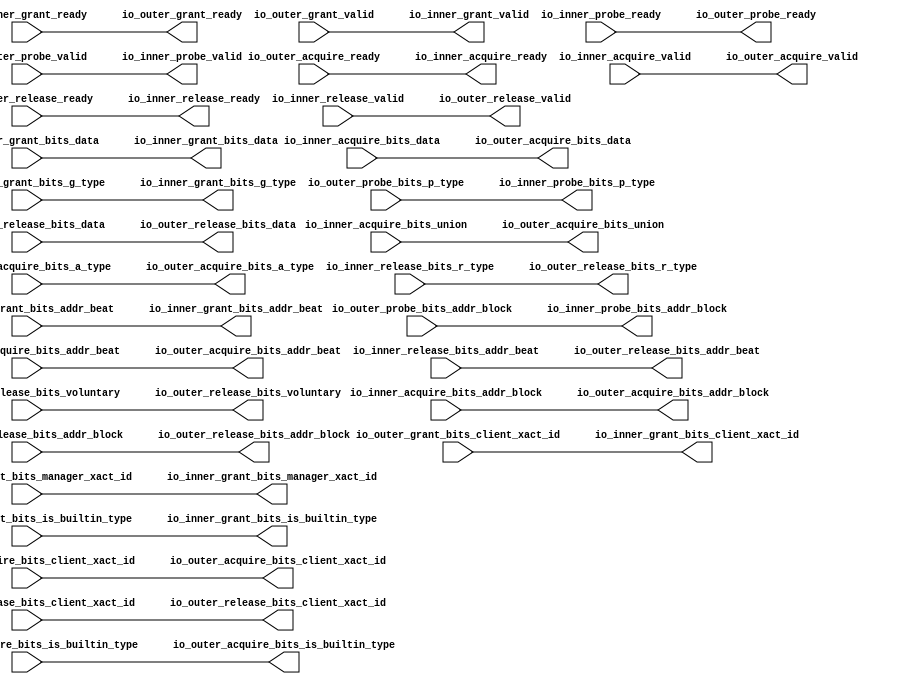
// This program was cloned from: https://github.com/NYU-MLDA/OpenABC
// License: BSD 3-Clause "New" or "Revised" License

module ClientTileLinkEnqueuer
(
  io_inner_acquire_ready,
  io_inner_acquire_valid,
  io_inner_acquire_bits_addr_block,
  io_inner_acquire_bits_client_xact_id,
  io_inner_acquire_bits_addr_beat,
  io_inner_acquire_bits_is_builtin_type,
  io_inner_acquire_bits_a_type,
  io_inner_acquire_bits_union,
  io_inner_acquire_bits_data,
  io_inner_grant_ready,
  io_inner_grant_valid,
  io_inner_grant_bits_addr_beat,
  io_inner_grant_bits_client_xact_id,
  io_inner_grant_bits_manager_xact_id,
  io_inner_grant_bits_is_builtin_type,
  io_inner_grant_bits_g_type,
  io_inner_grant_bits_data,
  io_inner_probe_ready,
  io_inner_probe_valid,
  io_inner_probe_bits_addr_block,
  io_inner_probe_bits_p_type,
  io_inner_release_ready,
  io_inner_release_valid,
  io_inner_release_bits_addr_beat,
  io_inner_release_bits_addr_block,
  io_inner_release_bits_client_xact_id,
  io_inner_release_bits_voluntary,
  io_inner_release_bits_r_type,
  io_inner_release_bits_data,
  io_outer_acquire_ready,
  io_outer_acquire_valid,
  io_outer_acquire_bits_addr_block,
  io_outer_acquire_bits_client_xact_id,
  io_outer_acquire_bits_addr_beat,
  io_outer_acquire_bits_is_builtin_type,
  io_outer_acquire_bits_a_type,
  io_outer_acquire_bits_union,
  io_outer_acquire_bits_data,
  io_outer_grant_ready,
  io_outer_grant_valid,
  io_outer_grant_bits_addr_beat,
  io_outer_grant_bits_client_xact_id,
  io_outer_grant_bits_manager_xact_id,
  io_outer_grant_bits_is_builtin_type,
  io_outer_grant_bits_g_type,
  io_outer_grant_bits_data,
  io_outer_probe_ready,
  io_outer_probe_valid,
  io_outer_probe_bits_addr_block,
  io_outer_probe_bits_p_type,
  io_outer_release_ready,
  io_outer_release_valid,
  io_outer_release_bits_addr_beat,
  io_outer_release_bits_addr_block,
  io_outer_release_bits_client_xact_id,
  io_outer_release_bits_voluntary,
  io_outer_release_bits_r_type,
  io_outer_release_bits_data
);

  input [25:0] io_inner_acquire_bits_addr_block;
  input [3:0] io_inner_acquire_bits_client_xact_id;
  input [1:0] io_inner_acquire_bits_addr_beat;
  input [2:0] io_inner_acquire_bits_a_type;
  input [16:0] io_inner_acquire_bits_union;
  input [127:0] io_inner_acquire_bits_data;
  output [1:0] io_inner_grant_bits_addr_beat;
  output [3:0] io_inner_grant_bits_client_xact_id;
  output [3:0] io_inner_grant_bits_g_type;
  output [127:0] io_inner_grant_bits_data;
  output [25:0] io_inner_probe_bits_addr_block;
  output [1:0] io_inner_probe_bits_p_type;
  input [1:0] io_inner_release_bits_addr_beat;
  input [25:0] io_inner_release_bits_addr_block;
  input [3:0] io_inner_release_bits_client_xact_id;
  input [2:0] io_inner_release_bits_r_type;
  input [127:0] io_inner_release_bits_data;
  output [25:0] io_outer_acquire_bits_addr_block;
  output [3:0] io_outer_acquire_bits_client_xact_id;
  output [1:0] io_outer_acquire_bits_addr_beat;
  output [2:0] io_outer_acquire_bits_a_type;
  output [16:0] io_outer_acquire_bits_union;
  output [127:0] io_outer_acquire_bits_data;
  input [1:0] io_outer_grant_bits_addr_beat;
  input [3:0] io_outer_grant_bits_client_xact_id;
  input [3:0] io_outer_grant_bits_g_type;
  input [127:0] io_outer_grant_bits_data;
  input [25:0] io_outer_probe_bits_addr_block;
  input [1:0] io_outer_probe_bits_p_type;
  output [1:0] io_outer_release_bits_addr_beat;
  output [25:0] io_outer_release_bits_addr_block;
  output [3:0] io_outer_release_bits_client_xact_id;
  output [2:0] io_outer_release_bits_r_type;
  output [127:0] io_outer_release_bits_data;
  input io_inner_acquire_valid;
  input io_inner_acquire_bits_is_builtin_type;
  input io_inner_grant_ready;
  input io_inner_probe_ready;
  input io_inner_release_valid;
  input io_inner_release_bits_voluntary;
  input io_outer_acquire_ready;
  input io_outer_grant_valid;
  input io_outer_grant_bits_manager_xact_id;
  input io_outer_grant_bits_is_builtin_type;
  input io_outer_probe_valid;
  input io_outer_release_ready;
  output io_inner_acquire_ready;
  output io_inner_grant_valid;
  output io_inner_grant_bits_manager_xact_id;
  output io_inner_grant_bits_is_builtin_type;
  output io_inner_probe_valid;
  output io_inner_release_ready;
  output io_outer_acquire_valid;
  output io_outer_acquire_bits_is_builtin_type;
  output io_outer_grant_ready;
  output io_outer_probe_ready;
  output io_outer_release_valid;
  output io_outer_release_bits_voluntary;
  wire [1:0] io_inner_grant_bits_addr_beat,io_inner_probe_bits_p_type,
  io_outer_acquire_bits_addr_beat,io_outer_release_bits_addr_beat;
  wire [3:0] io_inner_grant_bits_client_xact_id,io_inner_grant_bits_g_type,
  io_outer_acquire_bits_client_xact_id,io_outer_release_bits_client_xact_id;
  wire [127:0] io_inner_grant_bits_data,io_outer_acquire_bits_data,io_outer_release_bits_data;
  wire [25:0] io_inner_probe_bits_addr_block,io_outer_acquire_bits_addr_block,
  io_outer_release_bits_addr_block;
  wire [2:0] io_outer_acquire_bits_a_type,io_outer_release_bits_r_type;
  wire [16:0] io_outer_acquire_bits_union;
  wire io_inner_acquire_ready,io_inner_grant_valid,io_inner_grant_bits_manager_xact_id,
  io_inner_grant_bits_is_builtin_type,io_inner_probe_valid,io_inner_release_ready,
  io_outer_acquire_valid,io_outer_acquire_bits_is_builtin_type,
  io_outer_grant_ready,io_outer_probe_ready,io_outer_release_valid,io_outer_release_bits_voluntary,
  io_outer_acquire_ready,io_outer_grant_valid,io_outer_grant_bits_manager_xact_id,
  io_outer_grant_bits_is_builtin_type,io_outer_probe_valid,io_outer_release_ready,
  io_inner_acquire_valid,io_inner_acquire_bits_is_builtin_type,io_inner_grant_ready,
  io_inner_probe_ready,io_inner_release_valid,io_inner_release_bits_voluntary;
  assign io_inner_acquire_ready = io_outer_acquire_ready;
  assign io_inner_grant_valid = io_outer_grant_valid;
  assign io_inner_grant_bits_addr_beat[1] = io_outer_grant_bits_addr_beat[1];
  assign io_inner_grant_bits_addr_beat[0] = io_outer_grant_bits_addr_beat[0];
  assign io_inner_grant_bits_client_xact_id[3] = io_outer_grant_bits_client_xact_id[3];
  assign io_inner_grant_bits_client_xact_id[2] = io_outer_grant_bits_client_xact_id[2];
  assign io_inner_grant_bits_client_xact_id[1] = io_outer_grant_bits_client_xact_id[1];
  assign io_inner_grant_bits_client_xact_id[0] = io_outer_grant_bits_client_xact_id[0];
  assign io_inner_grant_bits_manager_xact_id = io_outer_grant_bits_manager_xact_id;
  assign io_inner_grant_bits_is_builtin_type = io_outer_grant_bits_is_builtin_type;
  assign io_inner_grant_bits_g_type[3] = io_outer_grant_bits_g_type[3];
  assign io_inner_grant_bits_g_type[2] = io_outer_grant_bits_g_type[2];
  assign io_inner_grant_bits_g_type[1] = io_outer_grant_bits_g_type[1];
  assign io_inner_grant_bits_g_type[0] = io_outer_grant_bits_g_type[0];
  assign io_inner_grant_bits_data[127] = io_outer_grant_bits_data[127];
  assign io_inner_grant_bits_data[126] = io_outer_grant_bits_data[126];
  assign io_inner_grant_bits_data[125] = io_outer_grant_bits_data[125];
  assign io_inner_grant_bits_data[124] = io_outer_grant_bits_data[124];
  assign io_inner_grant_bits_data[123] = io_outer_grant_bits_data[123];
  assign io_inner_grant_bits_data[122] = io_outer_grant_bits_data[122];
  assign io_inner_grant_bits_data[121] = io_outer_grant_bits_data[121];
  assign io_inner_grant_bits_data[120] = io_outer_grant_bits_data[120];
  assign io_inner_grant_bits_data[119] = io_outer_grant_bits_data[119];
  assign io_inner_grant_bits_data[118] = io_outer_grant_bits_data[118];
  assign io_inner_grant_bits_data[117] = io_outer_grant_bits_data[117];
  assign io_inner_grant_bits_data[116] = io_outer_grant_bits_data[116];
  assign io_inner_grant_bits_data[115] = io_outer_grant_bits_data[115];
  assign io_inner_grant_bits_data[114] = io_outer_grant_bits_data[114];
  assign io_inner_grant_bits_data[113] = io_outer_grant_bits_data[113];
  assign io_inner_grant_bits_data[112] = io_outer_grant_bits_data[112];
  assign io_inner_grant_bits_data[111] = io_outer_grant_bits_data[111];
  assign io_inner_grant_bits_data[110] = io_outer_grant_bits_data[110];
  assign io_inner_grant_bits_data[109] = io_outer_grant_bits_data[109];
  assign io_inner_grant_bits_data[108] = io_outer_grant_bits_data[108];
  assign io_inner_grant_bits_data[107] = io_outer_grant_bits_data[107];
  assign io_inner_grant_bits_data[106] = io_outer_grant_bits_data[106];
  assign io_inner_grant_bits_data[105] = io_outer_grant_bits_data[105];
  assign io_inner_grant_bits_data[104] = io_outer_grant_bits_data[104];
  assign io_inner_grant_bits_data[103] = io_outer_grant_bits_data[103];
  assign io_inner_grant_bits_data[102] = io_outer_grant_bits_data[102];
  assign io_inner_grant_bits_data[101] = io_outer_grant_bits_data[101];
  assign io_inner_grant_bits_data[100] = io_outer_grant_bits_data[100];
  assign io_inner_grant_bits_data[99] = io_outer_grant_bits_data[99];
  assign io_inner_grant_bits_data[98] = io_outer_grant_bits_data[98];
  assign io_inner_grant_bits_data[97] = io_outer_grant_bits_data[97];
  assign io_inner_grant_bits_data[96] = io_outer_grant_bits_data[96];
  assign io_inner_grant_bits_data[95] = io_outer_grant_bits_data[95];
  assign io_inner_grant_bits_data[94] = io_outer_grant_bits_data[94];
  assign io_inner_grant_bits_data[93] = io_outer_grant_bits_data[93];
  assign io_inner_grant_bits_data[92] = io_outer_grant_bits_data[92];
  assign io_inner_grant_bits_data[91] = io_outer_grant_bits_data[91];
  assign io_inner_grant_bits_data[90] = io_outer_grant_bits_data[90];
  assign io_inner_grant_bits_data[89] = io_outer_grant_bits_data[89];
  assign io_inner_grant_bits_data[88] = io_outer_grant_bits_data[88];
  assign io_inner_grant_bits_data[87] = io_outer_grant_bits_data[87];
  assign io_inner_grant_bits_data[86] = io_outer_grant_bits_data[86];
  assign io_inner_grant_bits_data[85] = io_outer_grant_bits_data[85];
  assign io_inner_grant_bits_data[84] = io_outer_grant_bits_data[84];
  assign io_inner_grant_bits_data[83] = io_outer_grant_bits_data[83];
  assign io_inner_grant_bits_data[82] = io_outer_grant_bits_data[82];
  assign io_inner_grant_bits_data[81] = io_outer_grant_bits_data[81];
  assign io_inner_grant_bits_data[80] = io_outer_grant_bits_data[80];
  assign io_inner_grant_bits_data[79] = io_outer_grant_bits_data[79];
  assign io_inner_grant_bits_data[78] = io_outer_grant_bits_data[78];
  assign io_inner_grant_bits_data[77] = io_outer_grant_bits_data[77];
  assign io_inner_grant_bits_data[76] = io_outer_grant_bits_data[76];
  assign io_inner_grant_bits_data[75] = io_outer_grant_bits_data[75];
  assign io_inner_grant_bits_data[74] = io_outer_grant_bits_data[74];
  assign io_inner_grant_bits_data[73] = io_outer_grant_bits_data[73];
  assign io_inner_grant_bits_data[72] = io_outer_grant_bits_data[72];
  assign io_inner_grant_bits_data[71] = io_outer_grant_bits_data[71];
  assign io_inner_grant_bits_data[70] = io_outer_grant_bits_data[70];
  assign io_inner_grant_bits_data[69] = io_outer_grant_bits_data[69];
  assign io_inner_grant_bits_data[68] = io_outer_grant_bits_data[68];
  assign io_inner_grant_bits_data[67] = io_outer_grant_bits_data[67];
  assign io_inner_grant_bits_data[66] = io_outer_grant_bits_data[66];
  assign io_inner_grant_bits_data[65] = io_outer_grant_bits_data[65];
  assign io_inner_grant_bits_data[64] = io_outer_grant_bits_data[64];
  assign io_inner_grant_bits_data[63] = io_outer_grant_bits_data[63];
  assign io_inner_grant_bits_data[62] = io_outer_grant_bits_data[62];
  assign io_inner_grant_bits_data[61] = io_outer_grant_bits_data[61];
  assign io_inner_grant_bits_data[60] = io_outer_grant_bits_data[60];
  assign io_inner_grant_bits_data[59] = io_outer_grant_bits_data[59];
  assign io_inner_grant_bits_data[58] = io_outer_grant_bits_data[58];
  assign io_inner_grant_bits_data[57] = io_outer_grant_bits_data[57];
  assign io_inner_grant_bits_data[56] = io_outer_grant_bits_data[56];
  assign io_inner_grant_bits_data[55] = io_outer_grant_bits_data[55];
  assign io_inner_grant_bits_data[54] = io_outer_grant_bits_data[54];
  assign io_inner_grant_bits_data[53] = io_outer_grant_bits_data[53];
  assign io_inner_grant_bits_data[52] = io_outer_grant_bits_data[52];
  assign io_inner_grant_bits_data[51] = io_outer_grant_bits_data[51];
  assign io_inner_grant_bits_data[50] = io_outer_grant_bits_data[50];
  assign io_inner_grant_bits_data[49] = io_outer_grant_bits_data[49];
  assign io_inner_grant_bits_data[48] = io_outer_grant_bits_data[48];
  assign io_inner_grant_bits_data[47] = io_outer_grant_bits_data[47];
  assign io_inner_grant_bits_data[46] = io_outer_grant_bits_data[46];
  assign io_inner_grant_bits_data[45] = io_outer_grant_bits_data[45];
  assign io_inner_grant_bits_data[44] = io_outer_grant_bits_data[44];
  assign io_inner_grant_bits_data[43] = io_outer_grant_bits_data[43];
  assign io_inner_grant_bits_data[42] = io_outer_grant_bits_data[42];
  assign io_inner_grant_bits_data[41] = io_outer_grant_bits_data[41];
  assign io_inner_grant_bits_data[40] = io_outer_grant_bits_data[40];
  assign io_inner_grant_bits_data[39] = io_outer_grant_bits_data[39];
  assign io_inner_grant_bits_data[38] = io_outer_grant_bits_data[38];
  assign io_inner_grant_bits_data[37] = io_outer_grant_bits_data[37];
  assign io_inner_grant_bits_data[36] = io_outer_grant_bits_data[36];
  assign io_inner_grant_bits_data[35] = io_outer_grant_bits_data[35];
  assign io_inner_grant_bits_data[34] = io_outer_grant_bits_data[34];
  assign io_inner_grant_bits_data[33] = io_outer_grant_bits_data[33];
  assign io_inner_grant_bits_data[32] = io_outer_grant_bits_data[32];
  assign io_inner_grant_bits_data[31] = io_outer_grant_bits_data[31];
  assign io_inner_grant_bits_data[30] = io_outer_grant_bits_data[30];
  assign io_inner_grant_bits_data[29] = io_outer_grant_bits_data[29];
  assign io_inner_grant_bits_data[28] = io_outer_grant_bits_data[28];
  assign io_inner_grant_bits_data[27] = io_outer_grant_bits_data[27];
  assign io_inner_grant_bits_data[26] = io_outer_grant_bits_data[26];
  assign io_inner_grant_bits_data[25] = io_outer_grant_bits_data[25];
  assign io_inner_grant_bits_data[24] = io_outer_grant_bits_data[24];
  assign io_inner_grant_bits_data[23] = io_outer_grant_bits_data[23];
  assign io_inner_grant_bits_data[22] = io_outer_grant_bits_data[22];
  assign io_inner_grant_bits_data[21] = io_outer_grant_bits_data[21];
  assign io_inner_grant_bits_data[20] = io_outer_grant_bits_data[20];
  assign io_inner_grant_bits_data[19] = io_outer_grant_bits_data[19];
  assign io_inner_grant_bits_data[18] = io_outer_grant_bits_data[18];
  assign io_inner_grant_bits_data[17] = io_outer_grant_bits_data[17];
  assign io_inner_grant_bits_data[16] = io_outer_grant_bits_data[16];
  assign io_inner_grant_bits_data[15] = io_outer_grant_bits_data[15];
  assign io_inner_grant_bits_data[14] = io_outer_grant_bits_data[14];
  assign io_inner_grant_bits_data[13] = io_outer_grant_bits_data[13];
  assign io_inner_grant_bits_data[12] = io_outer_grant_bits_data[12];
  assign io_inner_grant_bits_data[11] = io_outer_grant_bits_data[11];
  assign io_inner_grant_bits_data[10] = io_outer_grant_bits_data[10];
  assign io_inner_grant_bits_data[9] = io_outer_grant_bits_data[9];
  assign io_inner_grant_bits_data[8] = io_outer_grant_bits_data[8];
  assign io_inner_grant_bits_data[7] = io_outer_grant_bits_data[7];
  assign io_inner_grant_bits_data[6] = io_outer_grant_bits_data[6];
  assign io_inner_grant_bits_data[5] = io_outer_grant_bits_data[5];
  assign io_inner_grant_bits_data[4] = io_outer_grant_bits_data[4];
  assign io_inner_grant_bits_data[3] = io_outer_grant_bits_data[3];
  assign io_inner_grant_bits_data[2] = io_outer_grant_bits_data[2];
  assign io_inner_grant_bits_data[1] = io_outer_grant_bits_data[1];
  assign io_inner_grant_bits_data[0] = io_outer_grant_bits_data[0];
  assign io_inner_probe_valid = io_outer_probe_valid;
  assign io_inner_probe_bits_addr_block[25] = io_outer_probe_bits_addr_block[25];
  assign io_inner_probe_bits_addr_block[24] = io_outer_probe_bits_addr_block[24];
  assign io_inner_probe_bits_addr_block[23] = io_outer_probe_bits_addr_block[23];
  assign io_inner_probe_bits_addr_block[22] = io_outer_probe_bits_addr_block[22];
  assign io_inner_probe_bits_addr_block[21] = io_outer_probe_bits_addr_block[21];
  assign io_inner_probe_bits_addr_block[20] = io_outer_probe_bits_addr_block[20];
  assign io_inner_probe_bits_addr_block[19] = io_outer_probe_bits_addr_block[19];
  assign io_inner_probe_bits_addr_block[18] = io_outer_probe_bits_addr_block[18];
  assign io_inner_probe_bits_addr_block[17] = io_outer_probe_bits_addr_block[17];
  assign io_inner_probe_bits_addr_block[16] = io_outer_probe_bits_addr_block[16];
  assign io_inner_probe_bits_addr_block[15] = io_outer_probe_bits_addr_block[15];
  assign io_inner_probe_bits_addr_block[14] = io_outer_probe_bits_addr_block[14];
  assign io_inner_probe_bits_addr_block[13] = io_outer_probe_bits_addr_block[13];
  assign io_inner_probe_bits_addr_block[12] = io_outer_probe_bits_addr_block[12];
  assign io_inner_probe_bits_addr_block[11] = io_outer_probe_bits_addr_block[11];
  assign io_inner_probe_bits_addr_block[10] = io_outer_probe_bits_addr_block[10];
  assign io_inner_probe_bits_addr_block[9] = io_outer_probe_bits_addr_block[9];
  assign io_inner_probe_bits_addr_block[8] = io_outer_probe_bits_addr_block[8];
  assign io_inner_probe_bits_addr_block[7] = io_outer_probe_bits_addr_block[7];
  assign io_inner_probe_bits_addr_block[6] = io_outer_probe_bits_addr_block[6];
  assign io_inner_probe_bits_addr_block[5] = io_outer_probe_bits_addr_block[5];
  assign io_inner_probe_bits_addr_block[4] = io_outer_probe_bits_addr_block[4];
  assign io_inner_probe_bits_addr_block[3] = io_outer_probe_bits_addr_block[3];
  assign io_inner_probe_bits_addr_block[2] = io_outer_probe_bits_addr_block[2];
  assign io_inner_probe_bits_addr_block[1] = io_outer_probe_bits_addr_block[1];
  assign io_inner_probe_bits_addr_block[0] = io_outer_probe_bits_addr_block[0];
  assign io_inner_probe_bits_p_type[1] = io_outer_probe_bits_p_type[1];
  assign io_inner_probe_bits_p_type[0] = io_outer_probe_bits_p_type[0];
  assign io_inner_release_ready = io_outer_release_ready;
  assign io_outer_acquire_valid = io_inner_acquire_valid;
  assign io_outer_acquire_bits_addr_block[25] = io_inner_acquire_bits_addr_block[25];
  assign io_outer_acquire_bits_addr_block[24] = io_inner_acquire_bits_addr_block[24];
  assign io_outer_acquire_bits_addr_block[23] = io_inner_acquire_bits_addr_block[23];
  assign io_outer_acquire_bits_addr_block[22] = io_inner_acquire_bits_addr_block[22];
  assign io_outer_acquire_bits_addr_block[21] = io_inner_acquire_bits_addr_block[21];
  assign io_outer_acquire_bits_addr_block[20] = io_inner_acquire_bits_addr_block[20];
  assign io_outer_acquire_bits_addr_block[19] = io_inner_acquire_bits_addr_block[19];
  assign io_outer_acquire_bits_addr_block[18] = io_inner_acquire_bits_addr_block[18];
  assign io_outer_acquire_bits_addr_block[17] = io_inner_acquire_bits_addr_block[17];
  assign io_outer_acquire_bits_addr_block[16] = io_inner_acquire_bits_addr_block[16];
  assign io_outer_acquire_bits_addr_block[15] = io_inner_acquire_bits_addr_block[15];
  assign io_outer_acquire_bits_addr_block[14] = io_inner_acquire_bits_addr_block[14];
  assign io_outer_acquire_bits_addr_block[13] = io_inner_acquire_bits_addr_block[13];
  assign io_outer_acquire_bits_addr_block[12] = io_inner_acquire_bits_addr_block[12];
  assign io_outer_acquire_bits_addr_block[11] = io_inner_acquire_bits_addr_block[11];
  assign io_outer_acquire_bits_addr_block[10] = io_inner_acquire_bits_addr_block[10];
  assign io_outer_acquire_bits_addr_block[9] = io_inner_acquire_bits_addr_block[9];
  assign io_outer_acquire_bits_addr_block[8] = io_inner_acquire_bits_addr_block[8];
  assign io_outer_acquire_bits_addr_block[7] = io_inner_acquire_bits_addr_block[7];
  assign io_outer_acquire_bits_addr_block[6] = io_inner_acquire_bits_addr_block[6];
  assign io_outer_acquire_bits_addr_block[5] = io_inner_acquire_bits_addr_block[5];
  assign io_outer_acquire_bits_addr_block[4] = io_inner_acquire_bits_addr_block[4];
  assign io_outer_acquire_bits_addr_block[3] = io_inner_acquire_bits_addr_block[3];
  assign io_outer_acquire_bits_addr_block[2] = io_inner_acquire_bits_addr_block[2];
  assign io_outer_acquire_bits_addr_block[1] = io_inner_acquire_bits_addr_block[1];
  assign io_outer_acquire_bits_addr_block[0] = io_inner_acquire_bits_addr_block[0];
  assign io_outer_acquire_bits_client_xact_id[3] = io_inner_acquire_bits_client_xact_id[3];
  assign io_outer_acquire_bits_client_xact_id[2] = io_inner_acquire_bits_client_xact_id[2];
  assign io_outer_acquire_bits_client_xact_id[1] = io_inner_acquire_bits_client_xact_id[1];
  assign io_outer_acquire_bits_client_xact_id[0] = io_inner_acquire_bits_client_xact_id[0];
  assign io_outer_acquire_bits_addr_beat[1] = io_inner_acquire_bits_addr_beat[1];
  assign io_outer_acquire_bits_addr_beat[0] = io_inner_acquire_bits_addr_beat[0];
  assign io_outer_acquire_bits_is_builtin_type = io_inner_acquire_bits_is_builtin_type;
  assign io_outer_acquire_bits_a_type[2] = io_inner_acquire_bits_a_type[2];
  assign io_outer_acquire_bits_a_type[1] = io_inner_acquire_bits_a_type[1];
  assign io_outer_acquire_bits_a_type[0] = io_inner_acquire_bits_a_type[0];
  assign io_outer_acquire_bits_union[16] = io_inner_acquire_bits_union[16];
  assign io_outer_acquire_bits_union[15] = io_inner_acquire_bits_union[15];
  assign io_outer_acquire_bits_union[14] = io_inner_acquire_bits_union[14];
  assign io_outer_acquire_bits_union[13] = io_inner_acquire_bits_union[13];
  assign io_outer_acquire_bits_union[12] = io_inner_acquire_bits_union[12];
  assign io_outer_acquire_bits_union[11] = io_inner_acquire_bits_union[11];
  assign io_outer_acquire_bits_union[10] = io_inner_acquire_bits_union[10];
  assign io_outer_acquire_bits_union[9] = io_inner_acquire_bits_union[9];
  assign io_outer_acquire_bits_union[8] = io_inner_acquire_bits_union[8];
  assign io_outer_acquire_bits_union[7] = io_inner_acquire_bits_union[7];
  assign io_outer_acquire_bits_union[6] = io_inner_acquire_bits_union[6];
  assign io_outer_acquire_bits_union[5] = io_inner_acquire_bits_union[5];
  assign io_outer_acquire_bits_union[4] = io_inner_acquire_bits_union[4];
  assign io_outer_acquire_bits_union[3] = io_inner_acquire_bits_union[3];
  assign io_outer_acquire_bits_union[2] = io_inner_acquire_bits_union[2];
  assign io_outer_acquire_bits_union[1] = io_inner_acquire_bits_union[1];
  assign io_outer_acquire_bits_union[0] = io_inner_acquire_bits_union[0];
  assign io_outer_acquire_bits_data[127] = io_inner_acquire_bits_data[127];
  assign io_outer_acquire_bits_data[126] = io_inner_acquire_bits_data[126];
  assign io_outer_acquire_bits_data[125] = io_inner_acquire_bits_data[125];
  assign io_outer_acquire_bits_data[124] = io_inner_acquire_bits_data[124];
  assign io_outer_acquire_bits_data[123] = io_inner_acquire_bits_data[123];
  assign io_outer_acquire_bits_data[122] = io_inner_acquire_bits_data[122];
  assign io_outer_acquire_bits_data[121] = io_inner_acquire_bits_data[121];
  assign io_outer_acquire_bits_data[120] = io_inner_acquire_bits_data[120];
  assign io_outer_acquire_bits_data[119] = io_inner_acquire_bits_data[119];
  assign io_outer_acquire_bits_data[118] = io_inner_acquire_bits_data[118];
  assign io_outer_acquire_bits_data[117] = io_inner_acquire_bits_data[117];
  assign io_outer_acquire_bits_data[116] = io_inner_acquire_bits_data[116];
  assign io_outer_acquire_bits_data[115] = io_inner_acquire_bits_data[115];
  assign io_outer_acquire_bits_data[114] = io_inner_acquire_bits_data[114];
  assign io_outer_acquire_bits_data[113] = io_inner_acquire_bits_data[113];
  assign io_outer_acquire_bits_data[112] = io_inner_acquire_bits_data[112];
  assign io_outer_acquire_bits_data[111] = io_inner_acquire_bits_data[111];
  assign io_outer_acquire_bits_data[110] = io_inner_acquire_bits_data[110];
  assign io_outer_acquire_bits_data[109] = io_inner_acquire_bits_data[109];
  assign io_outer_acquire_bits_data[108] = io_inner_acquire_bits_data[108];
  assign io_outer_acquire_bits_data[107] = io_inner_acquire_bits_data[107];
  assign io_outer_acquire_bits_data[106] = io_inner_acquire_bits_data[106];
  assign io_outer_acquire_bits_data[105] = io_inner_acquire_bits_data[105];
  assign io_outer_acquire_bits_data[104] = io_inner_acquire_bits_data[104];
  assign io_outer_acquire_bits_data[103] = io_inner_acquire_bits_data[103];
  assign io_outer_acquire_bits_data[102] = io_inner_acquire_bits_data[102];
  assign io_outer_acquire_bits_data[101] = io_inner_acquire_bits_data[101];
  assign io_outer_acquire_bits_data[100] = io_inner_acquire_bits_data[100];
  assign io_outer_acquire_bits_data[99] = io_inner_acquire_bits_data[99];
  assign io_outer_acquire_bits_data[98] = io_inner_acquire_bits_data[98];
  assign io_outer_acquire_bits_data[97] = io_inner_acquire_bits_data[97];
  assign io_outer_acquire_bits_data[96] = io_inner_acquire_bits_data[96];
  assign io_outer_acquire_bits_data[95] = io_inner_acquire_bits_data[95];
  assign io_outer_acquire_bits_data[94] = io_inner_acquire_bits_data[94];
  assign io_outer_acquire_bits_data[93] = io_inner_acquire_bits_data[93];
  assign io_outer_acquire_bits_data[92] = io_inner_acquire_bits_data[92];
  assign io_outer_acquire_bits_data[91] = io_inner_acquire_bits_data[91];
  assign io_outer_acquire_bits_data[90] = io_inner_acquire_bits_data[90];
  assign io_outer_acquire_bits_data[89] = io_inner_acquire_bits_data[89];
  assign io_outer_acquire_bits_data[88] = io_inner_acquire_bits_data[88];
  assign io_outer_acquire_bits_data[87] = io_inner_acquire_bits_data[87];
  assign io_outer_acquire_bits_data[86] = io_inner_acquire_bits_data[86];
  assign io_outer_acquire_bits_data[85] = io_inner_acquire_bits_data[85];
  assign io_outer_acquire_bits_data[84] = io_inner_acquire_bits_data[84];
  assign io_outer_acquire_bits_data[83] = io_inner_acquire_bits_data[83];
  assign io_outer_acquire_bits_data[82] = io_inner_acquire_bits_data[82];
  assign io_outer_acquire_bits_data[81] = io_inner_acquire_bits_data[81];
  assign io_outer_acquire_bits_data[80] = io_inner_acquire_bits_data[80];
  assign io_outer_acquire_bits_data[79] = io_inner_acquire_bits_data[79];
  assign io_outer_acquire_bits_data[78] = io_inner_acquire_bits_data[78];
  assign io_outer_acquire_bits_data[77] = io_inner_acquire_bits_data[77];
  assign io_outer_acquire_bits_data[76] = io_inner_acquire_bits_data[76];
  assign io_outer_acquire_bits_data[75] = io_inner_acquire_bits_data[75];
  assign io_outer_acquire_bits_data[74] = io_inner_acquire_bits_data[74];
  assign io_outer_acquire_bits_data[73] = io_inner_acquire_bits_data[73];
  assign io_outer_acquire_bits_data[72] = io_inner_acquire_bits_data[72];
  assign io_outer_acquire_bits_data[71] = io_inner_acquire_bits_data[71];
  assign io_outer_acquire_bits_data[70] = io_inner_acquire_bits_data[70];
  assign io_outer_acquire_bits_data[69] = io_inner_acquire_bits_data[69];
  assign io_outer_acquire_bits_data[68] = io_inner_acquire_bits_data[68];
  assign io_outer_acquire_bits_data[67] = io_inner_acquire_bits_data[67];
  assign io_outer_acquire_bits_data[66] = io_inner_acquire_bits_data[66];
  assign io_outer_acquire_bits_data[65] = io_inner_acquire_bits_data[65];
  assign io_outer_acquire_bits_data[64] = io_inner_acquire_bits_data[64];
  assign io_outer_acquire_bits_data[63] = io_inner_acquire_bits_data[63];
  assign io_outer_acquire_bits_data[62] = io_inner_acquire_bits_data[62];
  assign io_outer_acquire_bits_data[61] = io_inner_acquire_bits_data[61];
  assign io_outer_acquire_bits_data[60] = io_inner_acquire_bits_data[60];
  assign io_outer_acquire_bits_data[59] = io_inner_acquire_bits_data[59];
  assign io_outer_acquire_bits_data[58] = io_inner_acquire_bits_data[58];
  assign io_outer_acquire_bits_data[57] = io_inner_acquire_bits_data[57];
  assign io_outer_acquire_bits_data[56] = io_inner_acquire_bits_data[56];
  assign io_outer_acquire_bits_data[55] = io_inner_acquire_bits_data[55];
  assign io_outer_acquire_bits_data[54] = io_inner_acquire_bits_data[54];
  assign io_outer_acquire_bits_data[53] = io_inner_acquire_bits_data[53];
  assign io_outer_acquire_bits_data[52] = io_inner_acquire_bits_data[52];
  assign io_outer_acquire_bits_data[51] = io_inner_acquire_bits_data[51];
  assign io_outer_acquire_bits_data[50] = io_inner_acquire_bits_data[50];
  assign io_outer_acquire_bits_data[49] = io_inner_acquire_bits_data[49];
  assign io_outer_acquire_bits_data[48] = io_inner_acquire_bits_data[48];
  assign io_outer_acquire_bits_data[47] = io_inner_acquire_bits_data[47];
  assign io_outer_acquire_bits_data[46] = io_inner_acquire_bits_data[46];
  assign io_outer_acquire_bits_data[45] = io_inner_acquire_bits_data[45];
  assign io_outer_acquire_bits_data[44] = io_inner_acquire_bits_data[44];
  assign io_outer_acquire_bits_data[43] = io_inner_acquire_bits_data[43];
  assign io_outer_acquire_bits_data[42] = io_inner_acquire_bits_data[42];
  assign io_outer_acquire_bits_data[41] = io_inner_acquire_bits_data[41];
  assign io_outer_acquire_bits_data[40] = io_inner_acquire_bits_data[40];
  assign io_outer_acquire_bits_data[39] = io_inner_acquire_bits_data[39];
  assign io_outer_acquire_bits_data[38] = io_inner_acquire_bits_data[38];
  assign io_outer_acquire_bits_data[37] = io_inner_acquire_bits_data[37];
  assign io_outer_acquire_bits_data[36] = io_inner_acquire_bits_data[36];
  assign io_outer_acquire_bits_data[35] = io_inner_acquire_bits_data[35];
  assign io_outer_acquire_bits_data[34] = io_inner_acquire_bits_data[34];
  assign io_outer_acquire_bits_data[33] = io_inner_acquire_bits_data[33];
  assign io_outer_acquire_bits_data[32] = io_inner_acquire_bits_data[32];
  assign io_outer_acquire_bits_data[31] = io_inner_acquire_bits_data[31];
  assign io_outer_acquire_bits_data[30] = io_inner_acquire_bits_data[30];
  assign io_outer_acquire_bits_data[29] = io_inner_acquire_bits_data[29];
  assign io_outer_acquire_bits_data[28] = io_inner_acquire_bits_data[28];
  assign io_outer_acquire_bits_data[27] = io_inner_acquire_bits_data[27];
  assign io_outer_acquire_bits_data[26] = io_inner_acquire_bits_data[26];
  assign io_outer_acquire_bits_data[25] = io_inner_acquire_bits_data[25];
  assign io_outer_acquire_bits_data[24] = io_inner_acquire_bits_data[24];
  assign io_outer_acquire_bits_data[23] = io_inner_acquire_bits_data[23];
  assign io_outer_acquire_bits_data[22] = io_inner_acquire_bits_data[22];
  assign io_outer_acquire_bits_data[21] = io_inner_acquire_bits_data[21];
  assign io_outer_acquire_bits_data[20] = io_inner_acquire_bits_data[20];
  assign io_outer_acquire_bits_data[19] = io_inner_acquire_bits_data[19];
  assign io_outer_acquire_bits_data[18] = io_inner_acquire_bits_data[18];
  assign io_outer_acquire_bits_data[17] = io_inner_acquire_bits_data[17];
  assign io_outer_acquire_bits_data[16] = io_inner_acquire_bits_data[16];
  assign io_outer_acquire_bits_data[15] = io_inner_acquire_bits_data[15];
  assign io_outer_acquire_bits_data[14] = io_inner_acquire_bits_data[14];
  assign io_outer_acquire_bits_data[13] = io_inner_acquire_bits_data[13];
  assign io_outer_acquire_bits_data[12] = io_inner_acquire_bits_data[12];
  assign io_outer_acquire_bits_data[11] = io_inner_acquire_bits_data[11];
  assign io_outer_acquire_bits_data[10] = io_inner_acquire_bits_data[10];
  assign io_outer_acquire_bits_data[9] = io_inner_acquire_bits_data[9];
  assign io_outer_acquire_bits_data[8] = io_inner_acquire_bits_data[8];
  assign io_outer_acquire_bits_data[7] = io_inner_acquire_bits_data[7];
  assign io_outer_acquire_bits_data[6] = io_inner_acquire_bits_data[6];
  assign io_outer_acquire_bits_data[5] = io_inner_acquire_bits_data[5];
  assign io_outer_acquire_bits_data[4] = io_inner_acquire_bits_data[4];
  assign io_outer_acquire_bits_data[3] = io_inner_acquire_bits_data[3];
  assign io_outer_acquire_bits_data[2] = io_inner_acquire_bits_data[2];
  assign io_outer_acquire_bits_data[1] = io_inner_acquire_bits_data[1];
  assign io_outer_acquire_bits_data[0] = io_inner_acquire_bits_data[0];
  assign io_outer_grant_ready = io_inner_grant_ready;
  assign io_outer_probe_ready = io_inner_probe_ready;
  assign io_outer_release_valid = io_inner_release_valid;
  assign io_outer_release_bits_addr_beat[1] = io_inner_release_bits_addr_beat[1];
  assign io_outer_release_bits_addr_beat[0] = io_inner_release_bits_addr_beat[0];
  assign io_outer_release_bits_addr_block[25] = io_inner_release_bits_addr_block[25];
  assign io_outer_release_bits_addr_block[24] = io_inner_release_bits_addr_block[24];
  assign io_outer_release_bits_addr_block[23] = io_inner_release_bits_addr_block[23];
  assign io_outer_release_bits_addr_block[22] = io_inner_release_bits_addr_block[22];
  assign io_outer_release_bits_addr_block[21] = io_inner_release_bits_addr_block[21];
  assign io_outer_release_bits_addr_block[20] = io_inner_release_bits_addr_block[20];
  assign io_outer_release_bits_addr_block[19] = io_inner_release_bits_addr_block[19];
  assign io_outer_release_bits_addr_block[18] = io_inner_release_bits_addr_block[18];
  assign io_outer_release_bits_addr_block[17] = io_inner_release_bits_addr_block[17];
  assign io_outer_release_bits_addr_block[16] = io_inner_release_bits_addr_block[16];
  assign io_outer_release_bits_addr_block[15] = io_inner_release_bits_addr_block[15];
  assign io_outer_release_bits_addr_block[14] = io_inner_release_bits_addr_block[14];
  assign io_outer_release_bits_addr_block[13] = io_inner_release_bits_addr_block[13];
  assign io_outer_release_bits_addr_block[12] = io_inner_release_bits_addr_block[12];
  assign io_outer_release_bits_addr_block[11] = io_inner_release_bits_addr_block[11];
  assign io_outer_release_bits_addr_block[10] = io_inner_release_bits_addr_block[10];
  assign io_outer_release_bits_addr_block[9] = io_inner_release_bits_addr_block[9];
  assign io_outer_release_bits_addr_block[8] = io_inner_release_bits_addr_block[8];
  assign io_outer_release_bits_addr_block[7] = io_inner_release_bits_addr_block[7];
  assign io_outer_release_bits_addr_block[6] = io_inner_release_bits_addr_block[6];
  assign io_outer_release_bits_addr_block[5] = io_inner_release_bits_addr_block[5];
  assign io_outer_release_bits_addr_block[4] = io_inner_release_bits_addr_block[4];
  assign io_outer_release_bits_addr_block[3] = io_inner_release_bits_addr_block[3];
  assign io_outer_release_bits_addr_block[2] = io_inner_release_bits_addr_block[2];
  assign io_outer_release_bits_addr_block[1] = io_inner_release_bits_addr_block[1];
  assign io_outer_release_bits_addr_block[0] = io_inner_release_bits_addr_block[0];
  assign io_outer_release_bits_client_xact_id[3] = io_inner_release_bits_client_xact_id[3];
  assign io_outer_release_bits_client_xact_id[2] = io_inner_release_bits_client_xact_id[2];
  assign io_outer_release_bits_client_xact_id[1] = io_inner_release_bits_client_xact_id[1];
  assign io_outer_release_bits_client_xact_id[0] = io_inner_release_bits_client_xact_id[0];
  assign io_outer_release_bits_voluntary = io_inner_release_bits_voluntary;
  assign io_outer_release_bits_r_type[2] = io_inner_release_bits_r_type[2];
  assign io_outer_release_bits_r_type[1] = io_inner_release_bits_r_type[1];
  assign io_outer_release_bits_r_type[0] = io_inner_release_bits_r_type[0];
  assign io_outer_release_bits_data[127] = io_inner_release_bits_data[127];
  assign io_outer_release_bits_data[126] = io_inner_release_bits_data[126];
  assign io_outer_release_bits_data[125] = io_inner_release_bits_data[125];
  assign io_outer_release_bits_data[124] = io_inner_release_bits_data[124];
  assign io_outer_release_bits_data[123] = io_inner_release_bits_data[123];
  assign io_outer_release_bits_data[122] = io_inner_release_bits_data[122];
  assign io_outer_release_bits_data[121] = io_inner_release_bits_data[121];
  assign io_outer_release_bits_data[120] = io_inner_release_bits_data[120];
  assign io_outer_release_bits_data[119] = io_inner_release_bits_data[119];
  assign io_outer_release_bits_data[118] = io_inner_release_bits_data[118];
  assign io_outer_release_bits_data[117] = io_inner_release_bits_data[117];
  assign io_outer_release_bits_data[116] = io_inner_release_bits_data[116];
  assign io_outer_release_bits_data[115] = io_inner_release_bits_data[115];
  assign io_outer_release_bits_data[114] = io_inner_release_bits_data[114];
  assign io_outer_release_bits_data[113] = io_inner_release_bits_data[113];
  assign io_outer_release_bits_data[112] = io_inner_release_bits_data[112];
  assign io_outer_release_bits_data[111] = io_inner_release_bits_data[111];
  assign io_outer_release_bits_data[110] = io_inner_release_bits_data[110];
  assign io_outer_release_bits_data[109] = io_inner_release_bits_data[109];
  assign io_outer_release_bits_data[108] = io_inner_release_bits_data[108];
  assign io_outer_release_bits_data[107] = io_inner_release_bits_data[107];
  assign io_outer_release_bits_data[106] = io_inner_release_bits_data[106];
  assign io_outer_release_bits_data[105] = io_inner_release_bits_data[105];
  assign io_outer_release_bits_data[104] = io_inner_release_bits_data[104];
  assign io_outer_release_bits_data[103] = io_inner_release_bits_data[103];
  assign io_outer_release_bits_data[102] = io_inner_release_bits_data[102];
  assign io_outer_release_bits_data[101] = io_inner_release_bits_data[101];
  assign io_outer_release_bits_data[100] = io_inner_release_bits_data[100];
  assign io_outer_release_bits_data[99] = io_inner_release_bits_data[99];
  assign io_outer_release_bits_data[98] = io_inner_release_bits_data[98];
  assign io_outer_release_bits_data[97] = io_inner_release_bits_data[97];
  assign io_outer_release_bits_data[96] = io_inner_release_bits_data[96];
  assign io_outer_release_bits_data[95] = io_inner_release_bits_data[95];
  assign io_outer_release_bits_data[94] = io_inner_release_bits_data[94];
  assign io_outer_release_bits_data[93] = io_inner_release_bits_data[93];
  assign io_outer_release_bits_data[92] = io_inner_release_bits_data[92];
  assign io_outer_release_bits_data[91] = io_inner_release_bits_data[91];
  assign io_outer_release_bits_data[90] = io_inner_release_bits_data[90];
  assign io_outer_release_bits_data[89] = io_inner_release_bits_data[89];
  assign io_outer_release_bits_data[88] = io_inner_release_bits_data[88];
  assign io_outer_release_bits_data[87] = io_inner_release_bits_data[87];
  assign io_outer_release_bits_data[86] = io_inner_release_bits_data[86];
  assign io_outer_release_bits_data[85] = io_inner_release_bits_data[85];
  assign io_outer_release_bits_data[84] = io_inner_release_bits_data[84];
  assign io_outer_release_bits_data[83] = io_inner_release_bits_data[83];
  assign io_outer_release_bits_data[82] = io_inner_release_bits_data[82];
  assign io_outer_release_bits_data[81] = io_inner_release_bits_data[81];
  assign io_outer_release_bits_data[80] = io_inner_release_bits_data[80];
  assign io_outer_release_bits_data[79] = io_inner_release_bits_data[79];
  assign io_outer_release_bits_data[78] = io_inner_release_bits_data[78];
  assign io_outer_release_bits_data[77] = io_inner_release_bits_data[77];
  assign io_outer_release_bits_data[76] = io_inner_release_bits_data[76];
  assign io_outer_release_bits_data[75] = io_inner_release_bits_data[75];
  assign io_outer_release_bits_data[74] = io_inner_release_bits_data[74];
  assign io_outer_release_bits_data[73] = io_inner_release_bits_data[73];
  assign io_outer_release_bits_data[72] = io_inner_release_bits_data[72];
  assign io_outer_release_bits_data[71] = io_inner_release_bits_data[71];
  assign io_outer_release_bits_data[70] = io_inner_release_bits_data[70];
  assign io_outer_release_bits_data[69] = io_inner_release_bits_data[69];
  assign io_outer_release_bits_data[68] = io_inner_release_bits_data[68];
  assign io_outer_release_bits_data[67] = io_inner_release_bits_data[67];
  assign io_outer_release_bits_data[66] = io_inner_release_bits_data[66];
  assign io_outer_release_bits_data[65] = io_inner_release_bits_data[65];
  assign io_outer_release_bits_data[64] = io_inner_release_bits_data[64];
  assign io_outer_release_bits_data[63] = io_inner_release_bits_data[63];
  assign io_outer_release_bits_data[62] = io_inner_release_bits_data[62];
  assign io_outer_release_bits_data[61] = io_inner_release_bits_data[61];
  assign io_outer_release_bits_data[60] = io_inner_release_bits_data[60];
  assign io_outer_release_bits_data[59] = io_inner_release_bits_data[59];
  assign io_outer_release_bits_data[58] = io_inner_release_bits_data[58];
  assign io_outer_release_bits_data[57] = io_inner_release_bits_data[57];
  assign io_outer_release_bits_data[56] = io_inner_release_bits_data[56];
  assign io_outer_release_bits_data[55] = io_inner_release_bits_data[55];
  assign io_outer_release_bits_data[54] = io_inner_release_bits_data[54];
  assign io_outer_release_bits_data[53] = io_inner_release_bits_data[53];
  assign io_outer_release_bits_data[52] = io_inner_release_bits_data[52];
  assign io_outer_release_bits_data[51] = io_inner_release_bits_data[51];
  assign io_outer_release_bits_data[50] = io_inner_release_bits_data[50];
  assign io_outer_release_bits_data[49] = io_inner_release_bits_data[49];
  assign io_outer_release_bits_data[48] = io_inner_release_bits_data[48];
  assign io_outer_release_bits_data[47] = io_inner_release_bits_data[47];
  assign io_outer_release_bits_data[46] = io_inner_release_bits_data[46];
  assign io_outer_release_bits_data[45] = io_inner_release_bits_data[45];
  assign io_outer_release_bits_data[44] = io_inner_release_bits_data[44];
  assign io_outer_release_bits_data[43] = io_inner_release_bits_data[43];
  assign io_outer_release_bits_data[42] = io_inner_release_bits_data[42];
  assign io_outer_release_bits_data[41] = io_inner_release_bits_data[41];
  assign io_outer_release_bits_data[40] = io_inner_release_bits_data[40];
  assign io_outer_release_bits_data[39] = io_inner_release_bits_data[39];
  assign io_outer_release_bits_data[38] = io_inner_release_bits_data[38];
  assign io_outer_release_bits_data[37] = io_inner_release_bits_data[37];
  assign io_outer_release_bits_data[36] = io_inner_release_bits_data[36];
  assign io_outer_release_bits_data[35] = io_inner_release_bits_data[35];
  assign io_outer_release_bits_data[34] = io_inner_release_bits_data[34];
  assign io_outer_release_bits_data[33] = io_inner_release_bits_data[33];
  assign io_outer_release_bits_data[32] = io_inner_release_bits_data[32];
  assign io_outer_release_bits_data[31] = io_inner_release_bits_data[31];
  assign io_outer_release_bits_data[30] = io_inner_release_bits_data[30];
  assign io_outer_release_bits_data[29] = io_inner_release_bits_data[29];
  assign io_outer_release_bits_data[28] = io_inner_release_bits_data[28];
  assign io_outer_release_bits_data[27] = io_inner_release_bits_data[27];
  assign io_outer_release_bits_data[26] = io_inner_release_bits_data[26];
  assign io_outer_release_bits_data[25] = io_inner_release_bits_data[25];
  assign io_outer_release_bits_data[24] = io_inner_release_bits_data[24];
  assign io_outer_release_bits_data[23] = io_inner_release_bits_data[23];
  assign io_outer_release_bits_data[22] = io_inner_release_bits_data[22];
  assign io_outer_release_bits_data[21] = io_inner_release_bits_data[21];
  assign io_outer_release_bits_data[20] = io_inner_release_bits_data[20];
  assign io_outer_release_bits_data[19] = io_inner_release_bits_data[19];
  assign io_outer_release_bits_data[18] = io_inner_release_bits_data[18];
  assign io_outer_release_bits_data[17] = io_inner_release_bits_data[17];
  assign io_outer_release_bits_data[16] = io_inner_release_bits_data[16];
  assign io_outer_release_bits_data[15] = io_inner_release_bits_data[15];
  assign io_outer_release_bits_data[14] = io_inner_release_bits_data[14];
  assign io_outer_release_bits_data[13] = io_inner_release_bits_data[13];
  assign io_outer_release_bits_data[12] = io_inner_release_bits_data[12];
  assign io_outer_release_bits_data[11] = io_inner_release_bits_data[11];
  assign io_outer_release_bits_data[10] = io_inner_release_bits_data[10];
  assign io_outer_release_bits_data[9] = io_inner_release_bits_data[9];
  assign io_outer_release_bits_data[8] = io_inner_release_bits_data[8];
  assign io_outer_release_bits_data[7] = io_inner_release_bits_data[7];
  assign io_outer_release_bits_data[6] = io_inner_release_bits_data[6];
  assign io_outer_release_bits_data[5] = io_inner_release_bits_data[5];
  assign io_outer_release_bits_data[4] = io_inner_release_bits_data[4];
  assign io_outer_release_bits_data[3] = io_inner_release_bits_data[3];
  assign io_outer_release_bits_data[2] = io_inner_release_bits_data[2];
  assign io_outer_release_bits_data[1] = io_inner_release_bits_data[1];
  assign io_outer_release_bits_data[0] = io_inner_release_bits_data[0];

endmodule